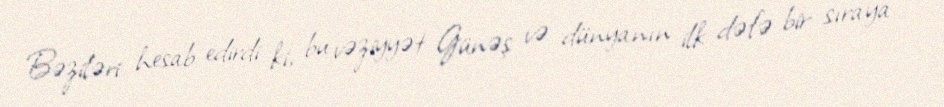
Bəziləri hesab edirdi ki, bu vəziyyət Günəş və dünyanın ilk dəfə bir sıraya